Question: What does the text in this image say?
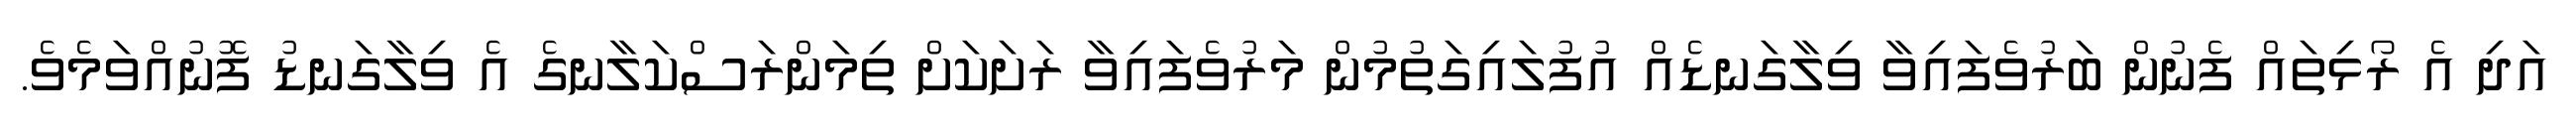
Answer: އަދި އެ ރޯޅިތައް ފެނުން ބަރުވެފައިވާ ވިލާގަނޑެއް އުފުލައިގަތުމުން މަރުވެފައިވާ ރަށަކަށް ތިމަންރަސްކަލާނގެ އެ ވިލާގަނޑު ފޮނުއްވަމެވެ.